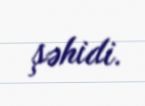
şəhidi.